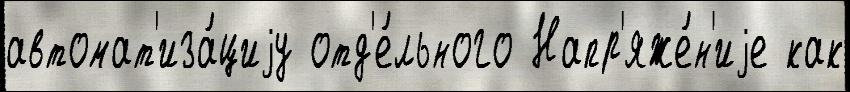
автомат'иза́циjу отд'е́льного Напр'яже́н'иjе как